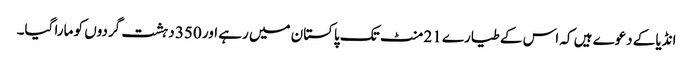
انڈیا کے دعوے ہیں کہ اس کے طیارے 21 منٹ تک پاکستان میں رہے اور 350 دہشت گردوں کو مارا گیا۔